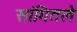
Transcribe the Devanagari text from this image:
सांगितलॆ